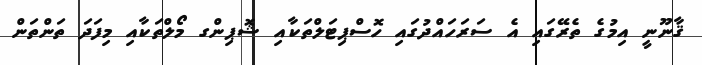
ޤާނޫނީ އިމުގެ ތެރޭގައި އެ ސަރަހައްދުގައި ހޮސްޕިޓަލްތަކާއި ޝޮޕިންގ މޯލްތަކާއި މިފަދަ ތަންތަން